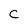
Character: C